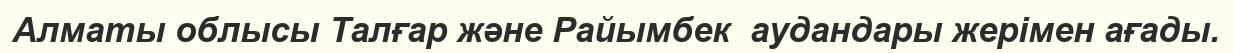
Алматы облысы Талғар және Райымбек  аудандары жерімен ағады.